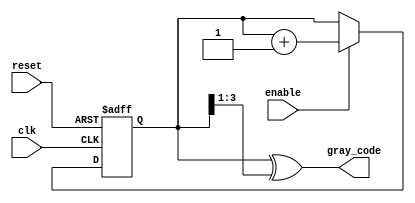
module gray_code_counter (
    input wire clk,       // Clock input
    input wire enable,    // Enable input
    input wire reset,     // Reset input
    output reg [n-1:0] gray_code // Output Gray code
);
    parameter n = 4; // Number of bits for the counter

    // Internal binary counter
    reg [n-1:0] binary_count;

    // Function to convert binary to Gray code
    function [n-1:0] binary_to_gray;
        input [n-1:0] binary;
        begin
            binary_to_gray = binary ^ (binary >> 1);
        end
    endfunction

    // Always block for counter operation
    always @(posedge clk or posedge reset) begin
        if (reset) begin
            binary_count <= 0; // Reset binary counter
        end else if (enable) begin
            binary_count <= binary_count + 1; // Increment binary counter
        end
    end

    // Always block to update Gray code output
    always @(*) begin
        gray_code = binary_to_gray(binary_count); // Convert binary to Gray code
    end

endmodule